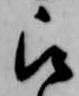
被